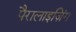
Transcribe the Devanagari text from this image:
पैरालाइज़िंग